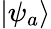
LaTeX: |\psi_{a}\rangle